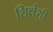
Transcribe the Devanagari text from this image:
शिक्षेशी